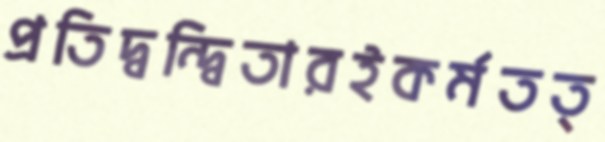
প্রতিদ্বন্দ্বিতারইকর্মতত্